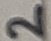
Text: 2